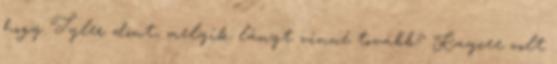
hogy Tyler dönt, melyik lányt vinné tovább? Kaycee volt